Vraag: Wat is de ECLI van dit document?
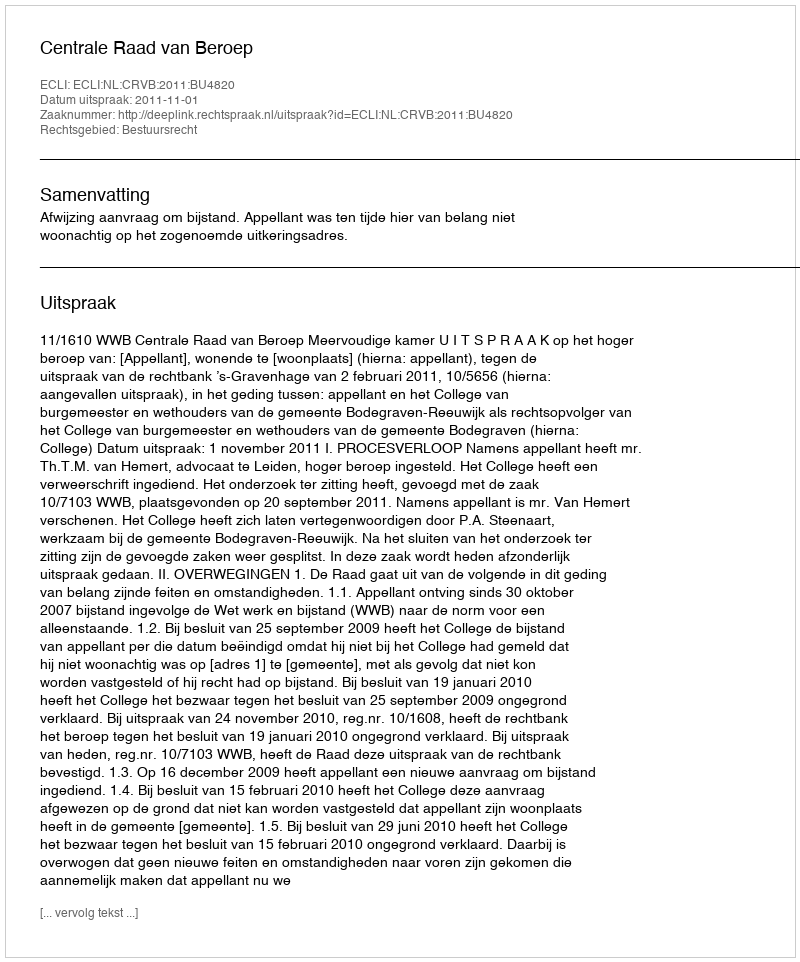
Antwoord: ECLI:NL:CRVB:2011:BU4820